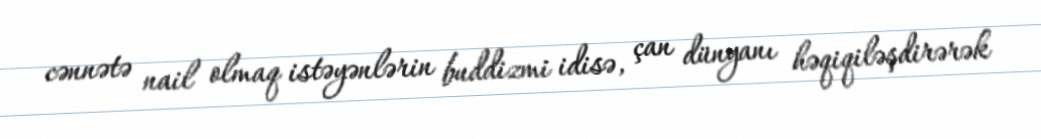
cənnətə nail olmaq istəyənlərin buddizmi idisə, çan dünyanı həqiqiləşdirərək